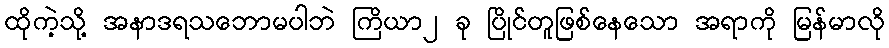
ထိုကဲ့သို့ အနာဒရသဘောမပါဘဲ ကြိယာ၂ ခု ပြိုင်တူဖြစ်နေသော အရာကို မြန်မာလို